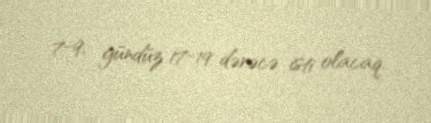
7-9, gündüz 17-19 dərəcə isti olacaq.